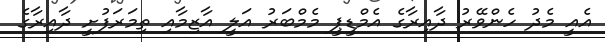
އެއީ މެދު ހެންވޭރު ދާއިރާގެ އެމްޑީޕީ މެމްބަރު އަލީ އާޒިމާއި ތިމަރަފުށީ ދާއިރާގެ